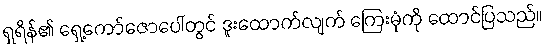
ရှရိန်၏ ရှေ့ကော်ဇောပေါ်တွင် ဒူးထောက်လျက် ကြေးမုံကို ထောင်ပြသည်။